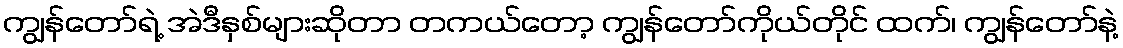
ကျွန်တော်ရဲ့ အဲဒီနှစ်များဆိုတာ တကယ်တော့ ကျွန်တော်ကိုယ်တိုင် ထက်၊ ကျွန်တော်နဲ့